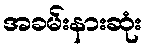
အခမ်းနားဆုံး